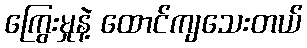
ကြွေးမှုနဲ့ ထောင်ကျသေးတယ်